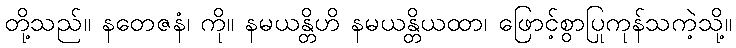
တို့သည်။ နတေဇနံ၊ ကို။ နမယန္တိဟိ နမယန္တိယထာ၊ ဖြောင့်စွာပြုကုန်သကဲ့သို့။